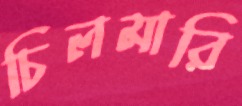
চিলমারি